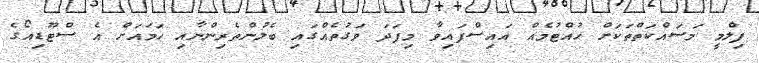
ފިލްމީ މަސައްކަތްތަކަށް ހުއްޓުމެއް އައިސްފައިވާ މިފަދަ ވަގުތެއްގައި ބެލުންތެރިންނާއި ހަމައަށް އެ ސްޓޫޑިއޯގެ